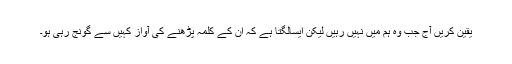
یقین کریں آج جب وہ ہم میں نہیں رہیں لیکن ایسالگتا ہے کہ ان کے کلمہ پڑھنے کی آواز کہیں سے گونج رہی ہو۔